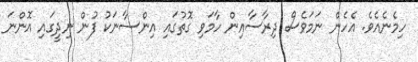
ހިމެނެއެވެ. އެހެން ނަމަވެސް ދިރާސާއިން ހާމަވި ގޮތުގައި އިންސާނަކު ފުން ނިދީގައި އޮންނަ